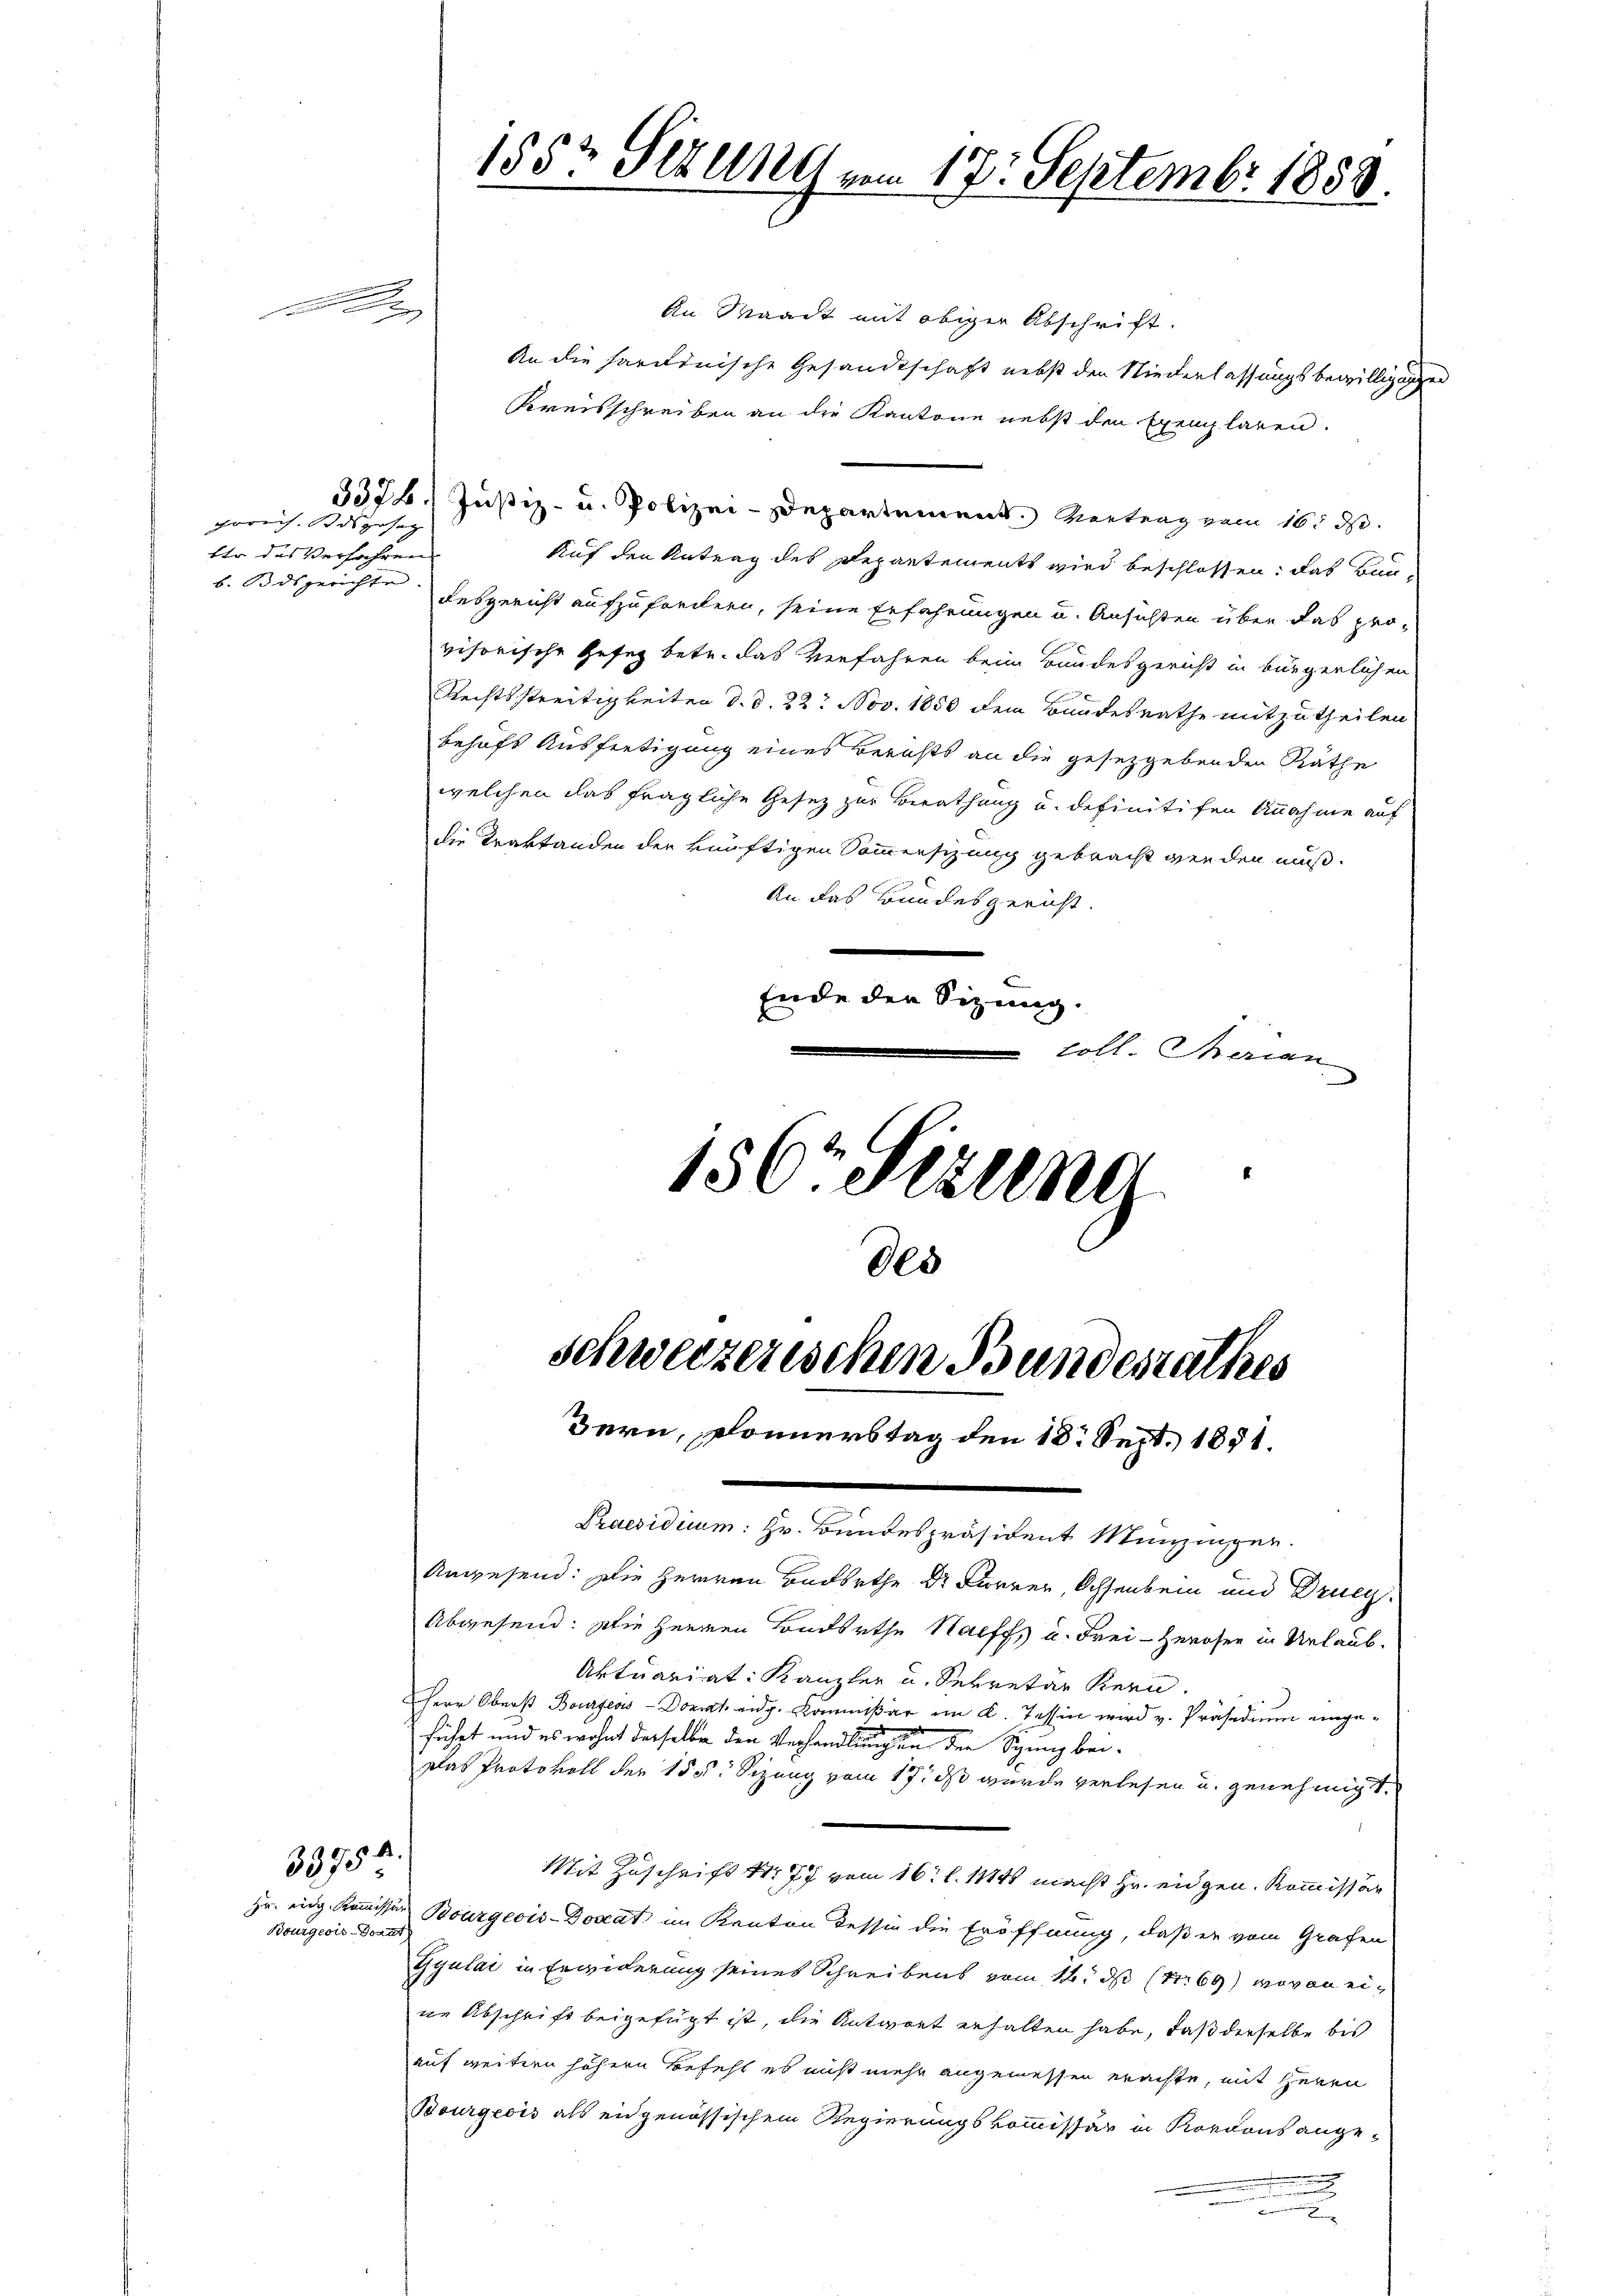
Per

33750
Hr. eidg. Kommissär
Bourgeois-Dorat

hrreis. dsersatz |
ter des Verfahren
b. Bdsgerichte

An Maacht mit obiger Abschrift.
An die hardinische Gesandtschaft nebst den Niederlassungsbewilligungen
Kreisschreiben an die Kantone nebst den Exemplaren.
3326. Justiz- u. Polizei-Departement. Vertrag vom 16. ds.
Auf den Antrag des Departements wird beschlossen, das Bundesgericht aufzufordern, seine Erfahrungen u. Ansichten über das pro-
visorische Geseg betr. das Verfahren beim Bundesgericht in bürgerlichen
Rechtsstreitigkeiten d. d. 22. Nov. 1850 dem Bandesrathe mitzutheilen
behufs Ausfertigung eines Berichts an die gesetzgebenden Räthe
welchen das fragliche Gesez zur Berathung u. definitifen Annahme auf
die Traktanden der künftigen Sommensizung gebracht werden muß.
An das Bundesgericht.
Ende den Sizung.
coll. Merian
156tetzung

1552 Setzung am 17. Septembr 1858.

Bes
schweizerischen Bundesrathes
Bern, Donnerstag den 18. Sept. 1851.

Praesidium: Hr. Bundespräsident Munzinger.
Angesend: Die Herren Badbrthe Dr Furrer, Ochsenbein und Druc
Abgesend: Die Herren Bonderthe Harff u. Frei-Zerosen in Urlaub¬
Aktuariat: Kanzler u. Sekretär Kern.
Herr Oberst Bourgeois - Donat eidg. Kommißär im K. Tessin wird v. Präsidium eingeführt und es wohnt derselbe den Verhandlungen der Spung bei¬
Das Protokoll der 15 s. Sizung vom 17. ds wurde verlesen u. genehmigt.
Mit Zuschrift Nr 77 vom 16. l. 11840 macht Hr. eidgen. Kommissär
Bourgeois-Doceat im Kanton dessin die Eröffnung, daß er vom Grafen
Gyulai in Erwiderung seines Schreibens vom 18. d (S. 69) wovon eine Abschrift beigefügt ist, die Antwort erhalten habe, daß derselbe bis
auf weitern höhern Befehl es nicht mehr angemessen erachte, mit Herrn
Bourgeois als eidgenössischem Regierungskommissär in Rordons ange-
n
n